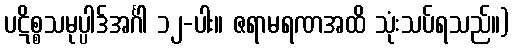
ပဋိစ္စသမုပ္ပါဒ်အင်္ဂါ ၁၂-ပါး။ ဇရာမရဏအထိ သုံးသပ်ရသည်။)